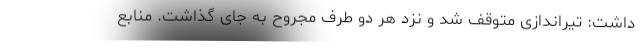
داشت: تیراندازی متوقف شد و نزد هر دو طرف مجروح به جای گذاشت. منابع